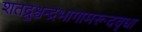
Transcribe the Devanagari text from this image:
शतद्रुश्चन्द्रभागामरूदवृधा